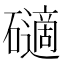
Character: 𥖾